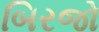
બિરજો